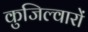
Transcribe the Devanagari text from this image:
कुजिल्वारों